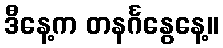
ဒီနေ့က တနင်္ဂနွေနေ့။